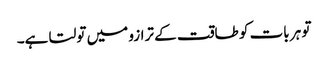
تو ہر بات کو طاقت کے ترازو میں تولتا ہے۔